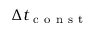
\Delta t _ { \mathrm { ~ c ~ o ~ n ~ s ~ t ~ } }